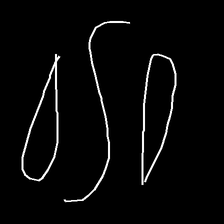
Glyph: water